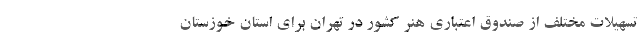
تسهیلات مختلف از صندوق اعتباری هنر کشور در تهران برای استان خوزستان